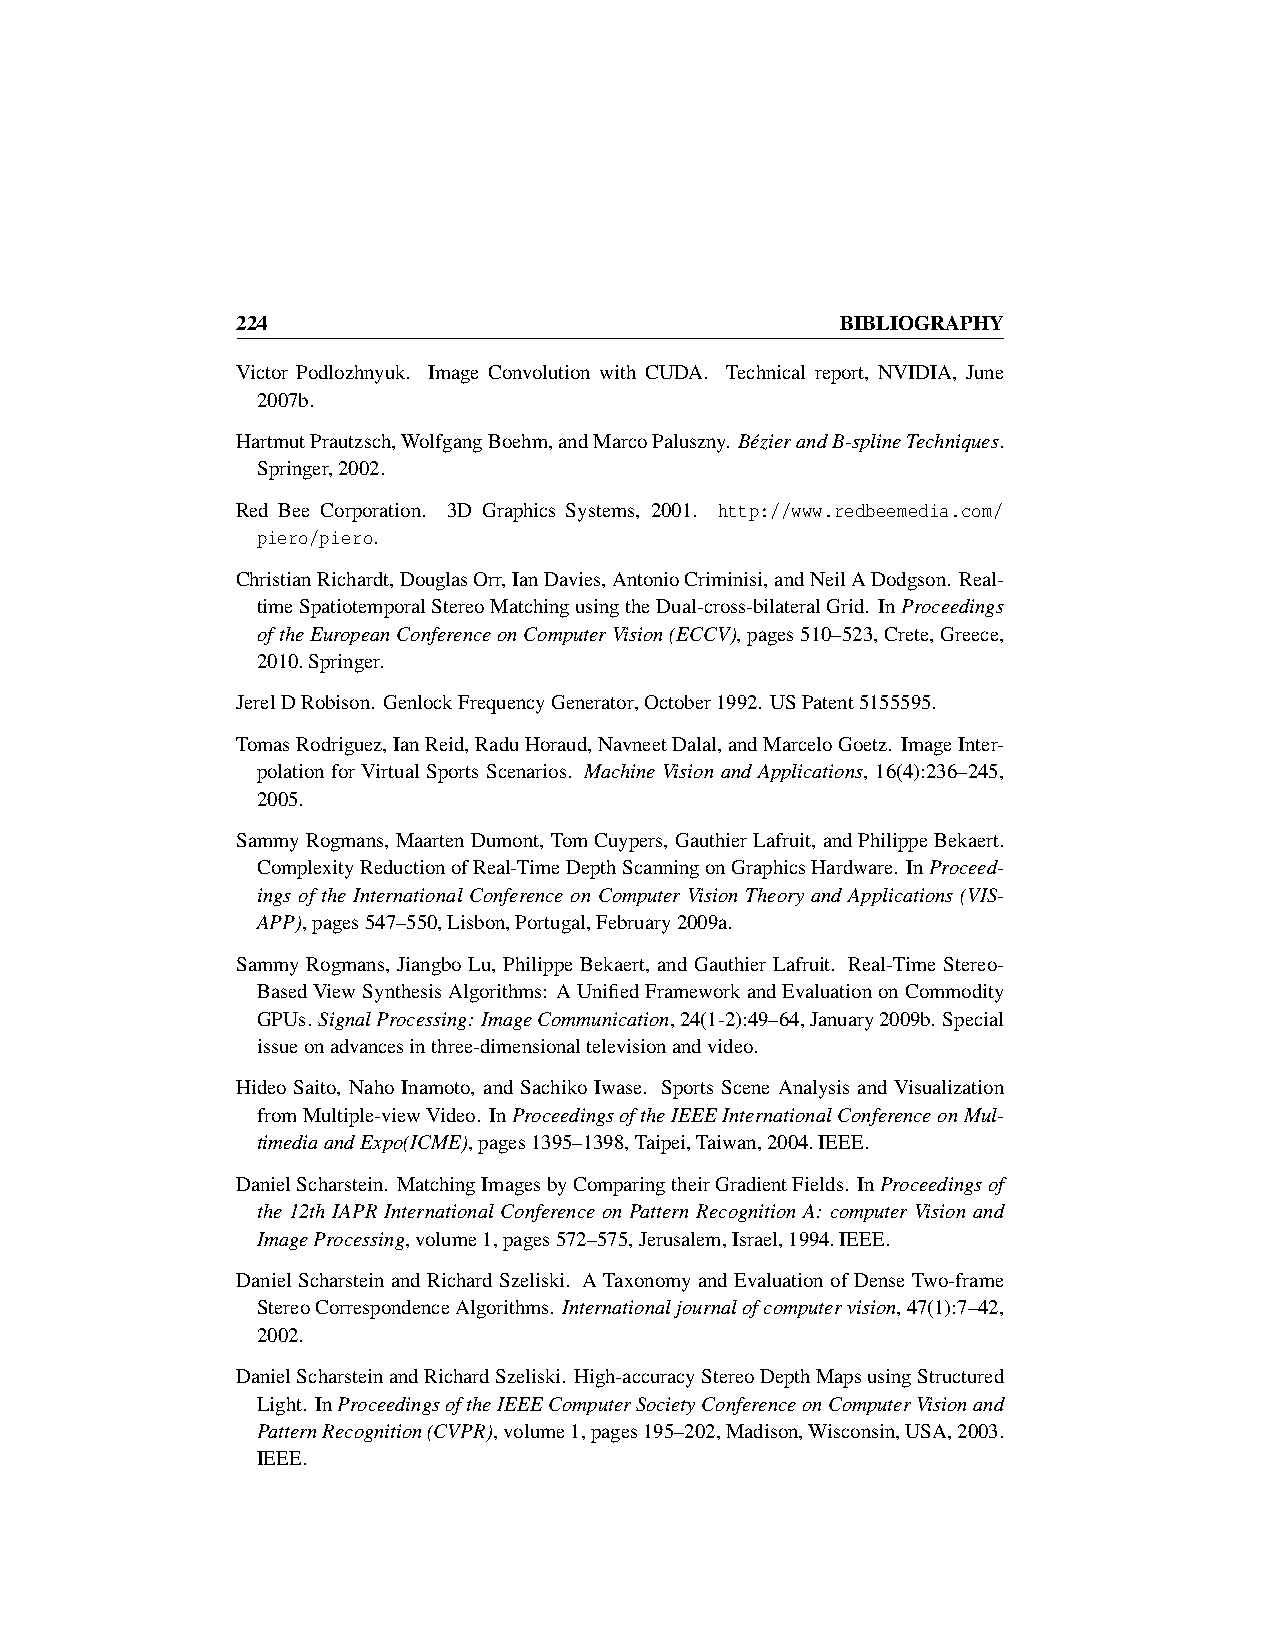
224                                     BIBLIOGRAPHY
 Victor Podlozhnyuk. Image Convolution with CUDA. Technical report, NVIDIA, June
 2007b.
 HartmutPrautzsch,WolfgangBoehm,andMarcoPaluszny. BézierandB-splineTechniques.
 Springer,2002.
 Red Bee Corporation. 3D Graphics Systems, 2001. http://www.redbeemedia.com/
 piero/piero.
 ChristianRichardt,DouglasOrr,IanDavies,AntonioCriminisi,andNeilADodgson. Real-
 timeSpatiotemporalStereoMatchingusingtheDual-cross-bilateralGrid. InProceedings
 oftheEuropeanConferenceonComputerVision(ECCV),pages510–523,Crete,Greece,
 2010.Springer.
 JerelDRobison. GenlockFrequencyGenerator,October1992. USPatent5155595.
 TomasRodriguez,IanReid,RaduHoraud,NavneetDalal,andMarceloGoetz. ImageInter-
 polation for Virtual Sports Scenarios. Machine Vision and Applications, 16(4):236–245,
 2005.
 SammyRogmans, MaartenDumont, TomCuypers, GauthierLafruit, andPhilippeBekaert.
 ComplexityReductionofReal-TimeDepthScanningonGraphicsHardware. InProceed-
 ings of the International Conference on Computer Vision Theory and Applications (VIS-
 APP),pages547–550,Lisbon,Portugal,February2009a.
 Sammy Rogmans, Jiangbo Lu, Philippe Bekaert, and Gauthier Lafruit. Real-Time Stereo-
 BasedViewSynthesisAlgorithms: AUnifiedFrameworkandEvaluationonCommodity
 GPUs. SignalProcessing:ImageCommunication,24(1-2):49–64,January2009b. Special
 issueonadvancesinthree-dimensionaltelevisionandvideo.
 Hideo Saito, Naho Inamoto, and Sachiko Iwase. Sports Scene Analysis and Visualization
 fromMultiple-viewVideo. InProceedingsoftheIEEEInternationalConferenceonMul-
 timediaandExpo(ICME),pages1395–1398,Taipei,Taiwan,2004.IEEE.
 DanielScharstein. MatchingImagesbyComparingtheirGradientFields. InProceedingsof
 the 12th IAPR International Conference on Pattern Recognition A: computer Vision and
 ImageProcessing,volume1,pages572–575,Jerusalem,Israel,1994.IEEE.
 Daniel Scharstein and Richard Szeliski. A Taxonomy and Evaluation of Dense Two-frame
 StereoCorrespondenceAlgorithms. Internationaljournalofcomputervision,47(1):7–42,
 2002.
 DanielScharsteinandRichardSzeliski. High-accuracyStereoDepthMapsusingStructured
 Light. InProceedingsoftheIEEEComputerSocietyConferenceonComputerVisionand
 PatternRecognition(CVPR),volume1,pages195–202,Madison,Wisconsin,USA,2003.
 IEEE.